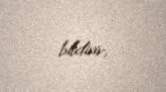
bildirir.